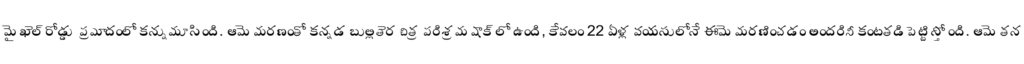
మైఖెల్ రోడ్డు ప్రమాదంలో కన్నుమూసింది. ఆమె మరణంతో కన్నడ బుల్లితెర చిత్ర పరిశ్రమ షాక్ లో ఉంది, కేవలం 22 ఏళ్ల వయసులోనే ఈమె మరణించడం అందరినీ కంటతడి పెట్టిస్తోంది. ఆమె తన